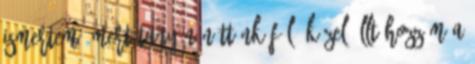
ismertem, mert tanyán nőttünk föl, közel állt hozzám a